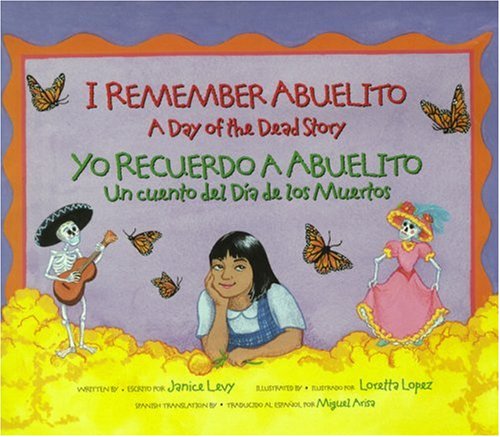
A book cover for I Remember Abuelito: A Day of the Dead Story / Yo Recuerdo a Abuelito: Un Cuento del DÃ­a de los Muertos (Spanish and English Edition); Janice Levy; Children's Books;